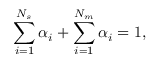
\sum _ { i = 1 } ^ { N _ { s } } \alpha _ { i } + \sum _ { i = 1 } ^ { N _ { m } } \alpha _ { i } = 1 ,